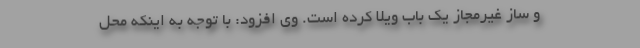
و ساز غیرمجاز یک باب ویلا کرده است. وی افزود: با توجه به اینکه محل